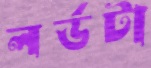
লর্ডটা